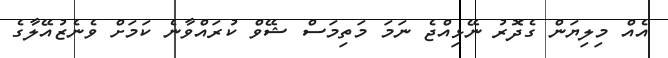
އެއް މިލިޔަން ގެދޮރު ނޭޅިއްޖެ ނަަމަ މަތިމަސް ޝޭވް ކުރައްވާނެ ކަމަށް ވެނެޒުއޭލާގެ